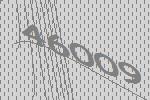
46009